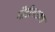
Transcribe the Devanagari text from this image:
गौडीयशाक्त